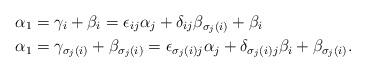
LaTeX: \begin{align*} \alpha_1&=\gamma_i + \beta_i=\epsilon_{ij} \alpha_j +\delta_{ij} \beta_{\sigma_j(i)} + \beta_i\\ \alpha_1&=\gamma_{\sigma_j(i)} + \beta_{\sigma_j(i)}=\epsilon_{\sigma_j(i)j} \alpha_j +\delta_{\sigma_j(i)j} \beta_{i} + \beta_{\sigma_j(i)}.\end{align*}